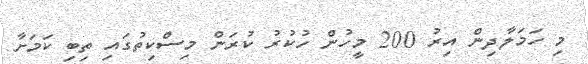
މި ހަމަލާދިން އިރު 200 މީހުން ހުކުރު ކުރަން މިސްކިތުގައި ތިބި ކަމަށާ